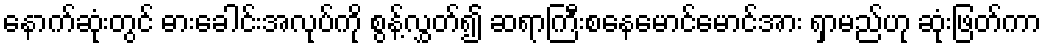
နောက်ဆုံးတွင် ဓားခေါင်းအလုပ်ကို စွန့်လွှတ်၍ ဆရာကြီးစနေမောင်မောင်အား ရှာမည်ဟု ဆုံးဖြတ်ကာ